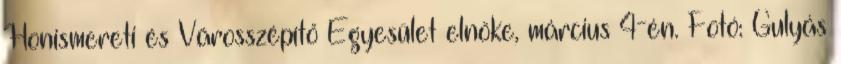
Honismereti és Városszépítő Egyesület elnöke, március 4-én. Fotó: Gulyás